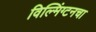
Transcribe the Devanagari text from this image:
विल्मिंग्टनचा